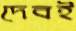
দেবই